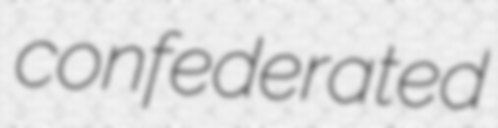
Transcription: confederated